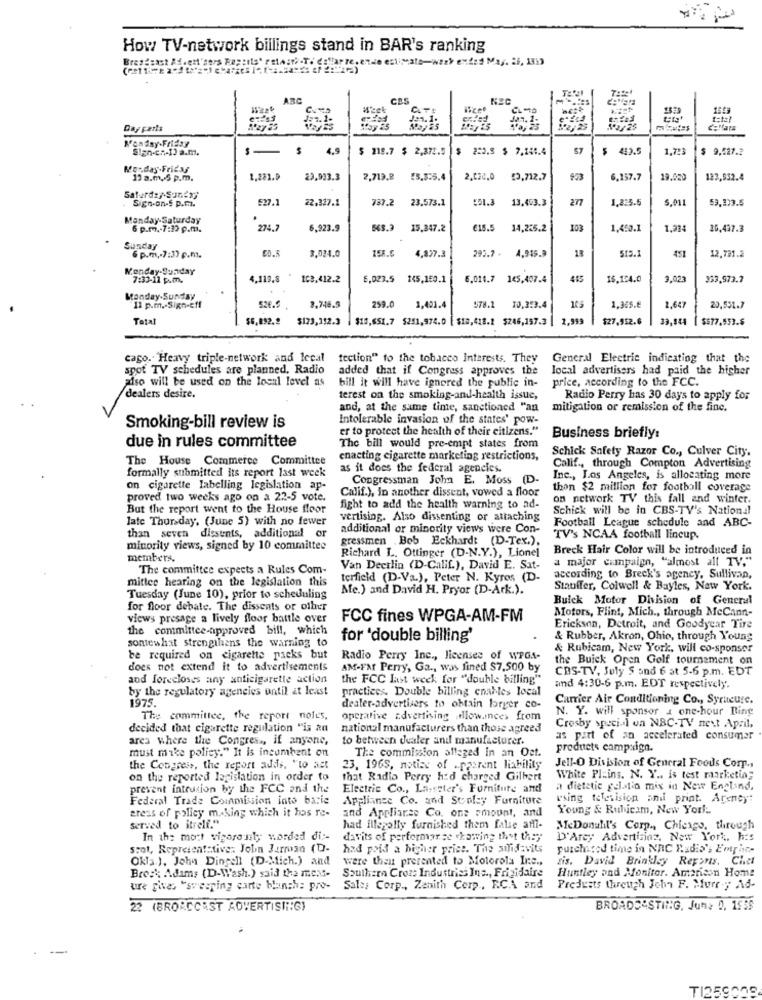
How TV-network billings stand in BAR's ranking
Bresgsast Ad. ell'sers Foptils' ralasth .T. collapse. ende estimate-wash ended Mag. 26, 131)
ARC
CL -TO
Day paris
Monday-Friday
Sign-en-13 a.m.
$ 219.7 $ 2,372.5
s
57
$ 443.5
1.793
$ 9,527.2
Monday-Friday
12a.m. 5 p.m.
1.281.0
29,933.3
2,713.º
23.3:5.4
£3,712.7
953
6.157.7
123,932.4
Saturday Sanexy
Sign-on-5 p.m.l.
527.1
22.327.1
787.2
23.573.1
13.453.3
277
1.815.5
5.011
59,803.5
Monday-Saturday
6 p.r .- 7:22 p.m.
274.7
6,923.9
15.347.2
€15.5
14,225.2
103
1,450.1
1.214
20,437.3
Sunday
295.7-
18
515.1
451
6 p.m .- 7:37 p.m.
3,034.0
4,837.3
4,945.3
12.731.2
Kenday-Sunday
7:32-11 p.m.
4,119.8
103.412.2
6,023.5
145,150.1
6.014.7 145,407.4
415
16.124.0
3.023
393,973.7
Monday-Sunday
11 p.m .- Sign-eff
526.9
3,746.9
259.0
1,401.4
578.1
10,353.4
105
1,365.€
2,647
20,551.7
Total
$6,892.2
$173,192.3
$15,651.7 $251,974.0 [ $10,418.2 $246,157.3 |
$27,952.6
33,844
$577.953.6
cago. Heavy triple-network and local
fection" to the tobacco Interests. They
General Electric indicating that the
spot TV schedules are planned, Radio
added that if Congress approves the
local advertisers had paid the higher
also will be used on the local level as
bill it will have ignored the public in-
price, according to the FCC.
dealers desire.
terest on the smoking-and-health issue,
Radio Perry has 30 days to apply for
and, at the same tinte, sanctioned "an
mitigation or remission of the finc.
Intolerable invasion of the states' pow-
Smoking-bill review is
er to protect the health of their citizens."
due in rules committee
Business briefly:
The bill would pre-empt states from
Schick Safety Razor Co ., Culver City.
The House Commerce Committee
enacting cigarette marketing restrictions,
formally submitted its report last week
as it does the federal agencies.
Calif ., through Compton Advertising
Congressman John E. Moss (D.
Inc ., Los Angeles, is allocating more
on cigarette labelling legislation ap-
Calif.), in another dissent, vowed a floor
thon $2 million for football coverage
proved two weeks ago on a 22-5 vote.
on network TV this fall and winter.
But the report went to the House floor
fight to add the health warning to ad-
Schick will be in CBS-TV's National
late Thursday, (June 5) with no fewer
vertising. Also dissenting or attaching
Football League schedule and ABC-
additional or minority views were Con-
than seven diestents, additional or
gressmen Bob Eckhardt (D-Tex.).
TV's NCAA football lineup.
minority views, signed by 10 committee
Richard L. Ottinger (D-N.Y.), Lionel
Breck Hair Color will be introduced in
members.
a major campaign, "almost all TV."
The committee expects a Rules Com-
Van Decrlin (D-Calif.), David E. Sat-
mittee hearing on the legislation this
terfield (D-Va.), Peter N. Kyros (D-
according to Breck's agency, Sullivan,
Me.) and David H. Pryor (D-Ark.).
Stauffer, Colwell & Bayles, New York.
Tuesday (June 10), prior to scheduling
Buick Motor Division of General
for floor debate. The dissents or other
Motors, Flint, Mich ., through McCann-
views presage a lively floor battle over
FCC fines WPGA-AM-FM
the committee-approved bill, which
Erickson, Detroit, and Goodyear Tire
sontewhat strengilens the warning to
for 'double billing'
& Rubber, Akron, Ohio, through Young
& Rubicam, New York, will co-sponsor
be required on cigarette packs but
Radio Perry Inc ., licenses of WPGA-
the Buick Open Golf tournament on
does not extend it to advertisements
AM-FM Perry, Ga ., was fined $7.500 by
CBS-TV, July S and 6 at 5-6 p.m. EDT
and forecloses any anticigarette action
the FCC Last week for "double billing"
by the regulatory agencies ontil at least
practices. Double billing enables local
and 4:30-6 p.m. EDT respectively.
1975.
Carrier Air Conditioning Co ., Syracuse.
dealer-advertisers to obtain lorger co-
N. Y. will sponsor a one-hour Bing
The committee, the report noles,
operative advertising fllow.ince> from
decided that cigarette regulation "is an
national manufacturers than those agreed
Crosby special on NBC-TV nest April,
area where the Congres ., if anyone,
to between dealer and manufacturer.
as part of an accelerated consumar
must make policy." It is incumbent on
products campaign.
The commission alleged in an Oet.
the Congress, the report adds, "to act
23, 1965, notice of .. pasrent liability
Jell-O Division of General Foods Comp ..
on the reported legislation in order to
that Radio Perry hed charged Gilbert
White Plains. N. Y .. is test marketing
prevent intrusion by the FCC and the
Electric Co ., Lasster's Furniture and
a dietetic gelato mix in New England,
Federal Trade Commission into baric
Appliance Co. and Stolay Furniture
wsing television and print. Areney:
areas of policy m .. king which it hos re-
and Appliance Co. one amount, and
Young & Rubicam, New York ..
served to itrelf."
had illegally furnished them false amfl-
MeDonull's Corp ., Chicago, through
In the mott vigorously worded di :-
davits of performance showing that they
D'Arcy Advertising, New York, his
scot, Representative: Jobn Jurrose (D-
had poid a higher price. The sifidavits
purchased time in NRC Radio's Emph-
OkTa.), John Dingell (D-Mich.) and
were that presented to Motorola Inc .,
sis. David Brinkley Reports. Chet
Huntley and Monitor. American Home
Breck Adams (D-Wash.) said the mess-
Southern Cross Industries Inc ., Frigidaire
ure gives "sweeping carte blanche pro-
Salsy Corp ., Zenith Corp, RCA and
Prejests through John F. Murray Ad-
22 (BRORCOAST ADVERTISING)
BROADCASTING, Jun: 0, 1955
---